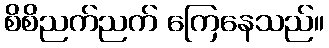
စိစိညက်ညက် ကြေနေသည်။